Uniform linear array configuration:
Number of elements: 12
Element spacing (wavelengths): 0.75
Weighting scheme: blackman
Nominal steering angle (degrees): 15
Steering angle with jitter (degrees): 13.469
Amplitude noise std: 0.05
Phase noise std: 0.05

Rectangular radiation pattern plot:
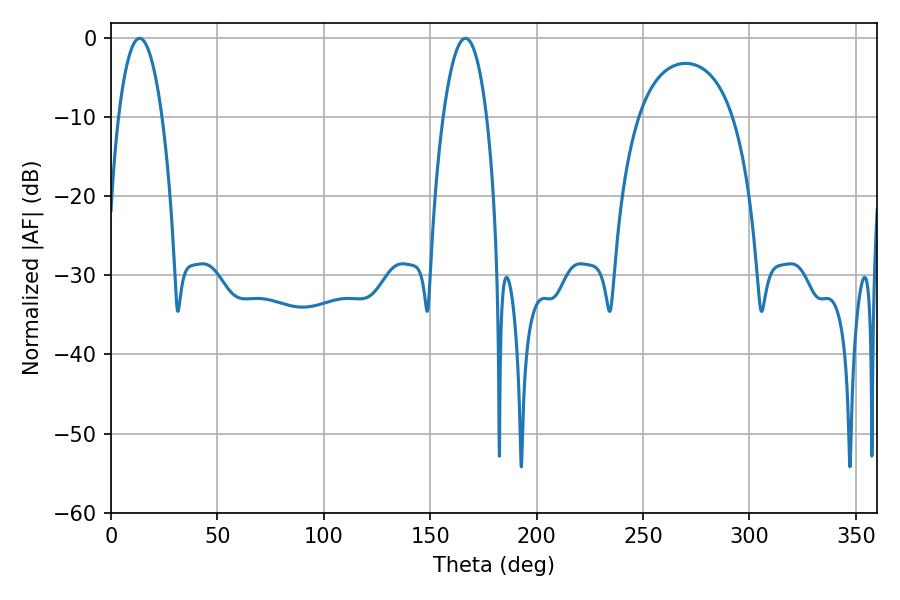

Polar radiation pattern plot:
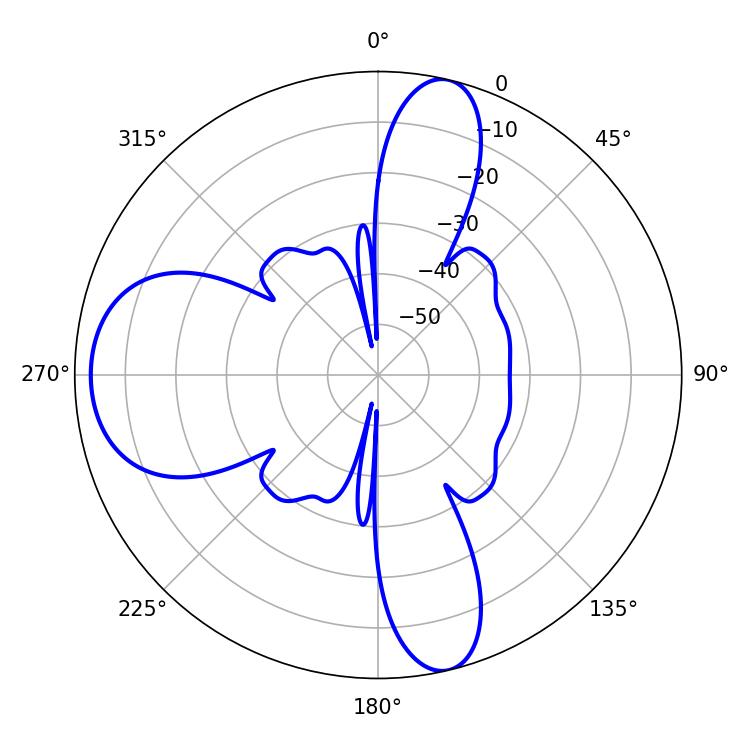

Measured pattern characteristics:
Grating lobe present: TRUE
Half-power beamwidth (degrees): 11.34
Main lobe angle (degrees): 13.5